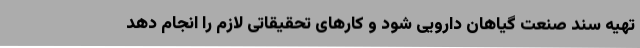
تهیه سند صنعت گیاهان دارویی شود و کارهای تحقیقاتی لازم را انجام دهد